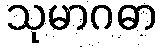
သုမာဂဓာ